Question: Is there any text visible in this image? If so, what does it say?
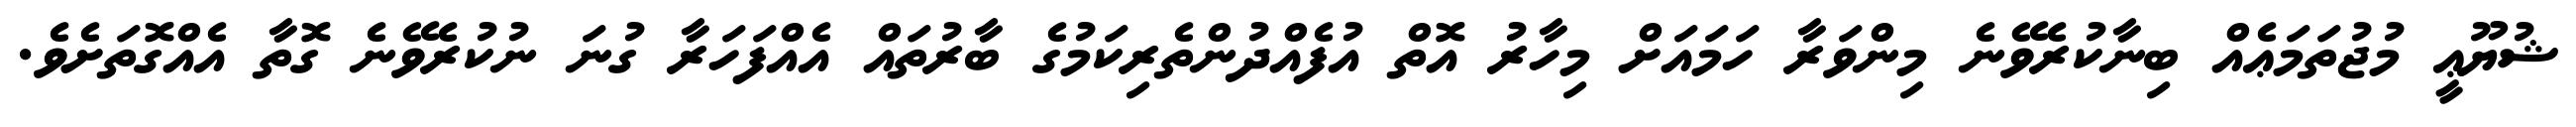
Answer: ޝުޔޫޢީ މުޖުތަމަޢެއް ބިނާކުރެވޭނެ މިންވަރާ ހަމައަށް މިހާރު އޮތް އުފެއްދުންތެރިކަމުގެ ބާރުތައް އެއްފަހަރާ ގުނަ ނުކުރެވޭނެ ގޮތާ އެއްގޮތަށެވެ.